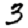
Digit: 3